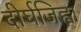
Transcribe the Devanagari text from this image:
दीर्घजिह्वा